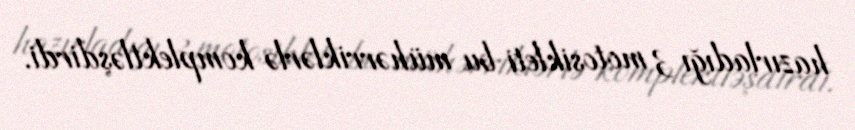
hazırladığı 3 motosikleti bu mühərriklərlə komplektləşdirdi.